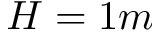
H = 1 m